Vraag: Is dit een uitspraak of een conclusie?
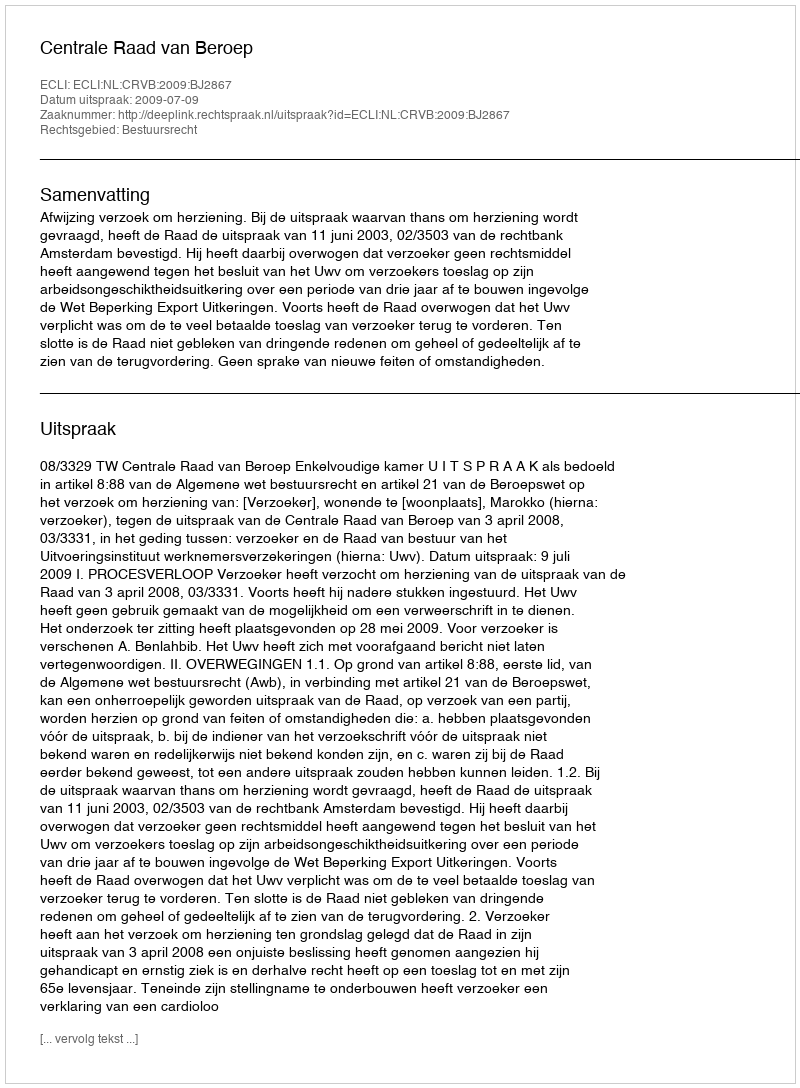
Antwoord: Uitspraak